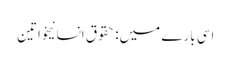
اسی بارے میں: حقوق انسانیخواتین